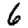
Digit: 6